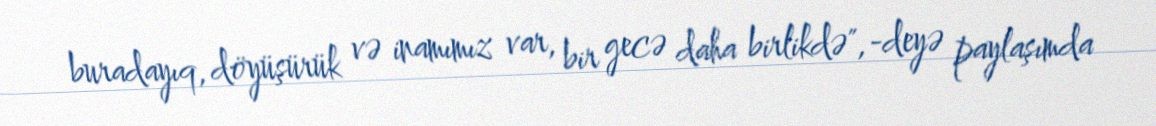
buradayıq, döyüşürük və inamımız var, bir gecə daha birlikdə",-deyə paylaşımda